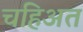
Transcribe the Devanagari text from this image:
चहिअत